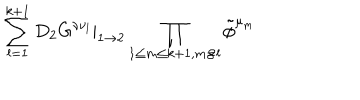
\sum _ { l = 1 } ^ { k + 1 } D _ { 2 } G ^ { \nu \nu _ { l } } | _ { 1 \rightarrow 2 } \prod _ { 1 \leq m \leq k + 1 , m \not { = } l } \tilde { \phi } ^ { \mu _ { m } }